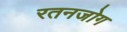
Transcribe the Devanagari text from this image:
रतनजोग